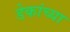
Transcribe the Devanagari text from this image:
डेकांच्या